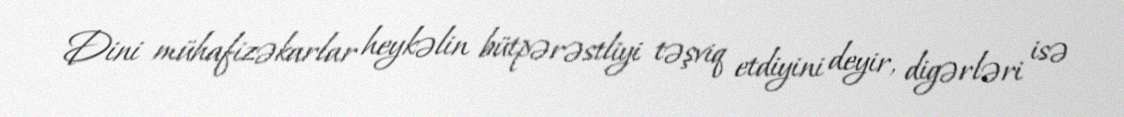
Dini mühafizəkarlar heykəlin bütpərəstliyi təşviq etdiyini deyir, digərləri isə